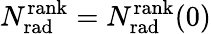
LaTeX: N_{\mathrm{rad}}^{\mathrm{rank}}=N_{\mathrm{rad}}^{\mathrm{rank}}(0)